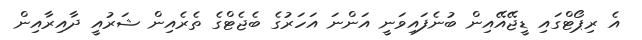
އެ ރިޕޯޓްގައި ޑީޖޭއޭއިން ބުނެފައިވަނީ އަންނަ އަހަރުގެ ބެޖެޓްގެ ތެރެއިން ޝަރުއީ ދާއިރާއިން